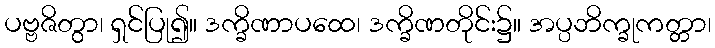
ပဗ္ဗဇိတွာ၊ ရှင်ပြု၍။ ဒက္ခိဏာပထေ၊ ဒက္ခိဏတိုင်း၌။ အပ္ပဘိက္ခုကတ္တာ၊